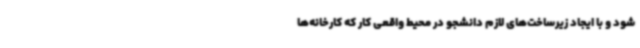
شود و با ایجاد زیرساخت‌های لازم دانشجو در محیط واقعی کار که کارخانه‌ها